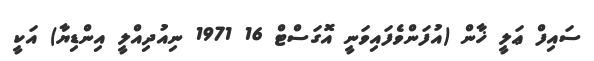
ސައިފް ޢަލީ ޚާން (އުފަންވެފައިވަނީ އޮގަސްޓް 16 1971 ނިއުދިއްލީ އިންޑިޔާ) އަކީ